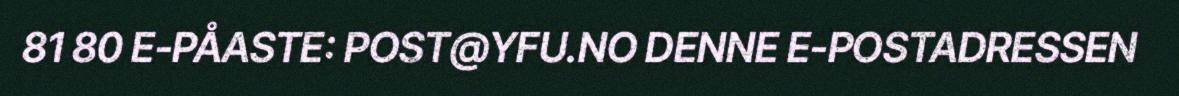
81 80 E-PÅASTE: POST@YFU.NO DENNE E-POSTADRESSEN